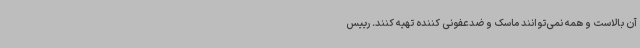
آن بالاست و همه نمی‌توانند ماسک و ضدعفونی‌ کننده تهیه کنند. رییس